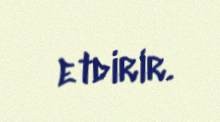
etdirir.